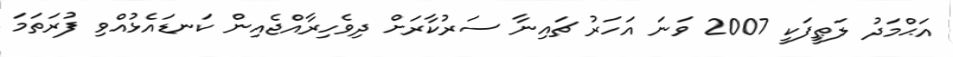
އަޙްމަދު ލަޠީފަކީ 2007 ވަނަ އަހަރު ޗައިނާ ސަރުކާރަށް ދިވެހިރާއްޖެއިން ކަނޑައެޅުއްވި ފުރަތަމަ